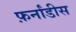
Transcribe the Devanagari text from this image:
फ़र्नांडीस